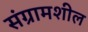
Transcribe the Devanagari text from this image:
संग्रामशील